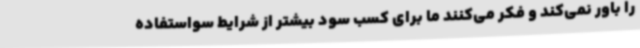
را باور نمی‌کند و فکر می‌کنند ما برای کسب سود بیشتر از شرایط سواستفاده